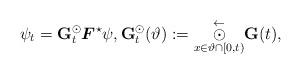
LaTeX: \begin{align*}\psi_t=\mathbf{G}^\odot_t\boldsymbol{F}^\star\psi,\mathbf{G}^\odot_t(\vartheta):=\overset{\leftarrow}{\underset{x\in\vartheta\cap[0,t)}{\odot}}\mathbf{G}(t),\end{align*}